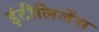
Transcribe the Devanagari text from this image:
इंटीलिजेंस